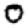
Digit: 0